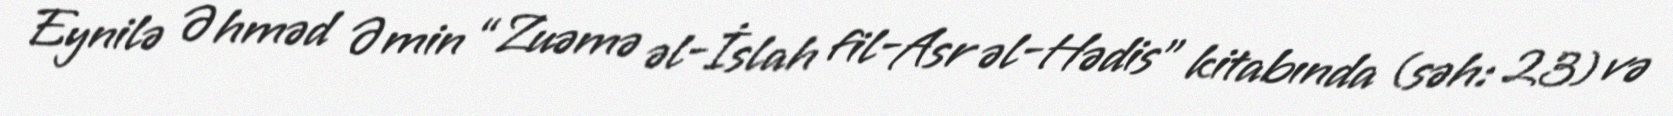
Eynilə Əhməd Əmin “Zuəmə əl-İslah fil-Asr əl-Hədis” kitabında (səh: 23) və